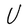
Character: U